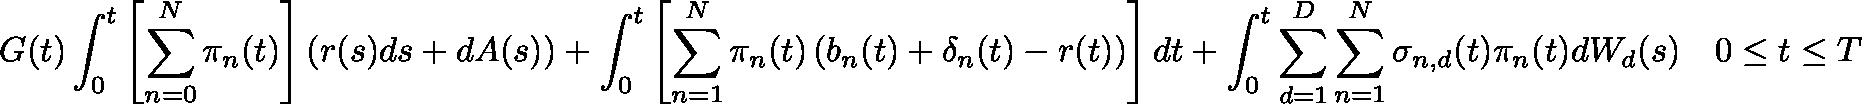
G ( t ) \triangleq \int _ { 0 } ^ { t } \left[ \sum _ { n = 0 } ^ { N } \pi _ { n } ( t ) \right] \left( r ( s ) d s + d A ( s ) \right) + \int _ { 0 } ^ { t } \left[ \sum _ { n = 1 } ^ { N } \pi _ { n } ( t ) \left( b _ { n } ( t ) + \mathbf { \delta } _ { n } ( t ) - r ( t ) \right) \right] d t + \int _ { 0 } ^ { t } \sum _ { d = 1 } ^ { D } \sum _ { n = 1 } ^ { N } \mathbf { \sigma } _ { n , d } ( t ) \pi _ { n } ( t ) d W _ { d } ( s ) \quad 0 \leq t \leq T